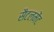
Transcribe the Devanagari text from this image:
सैटलमेंट